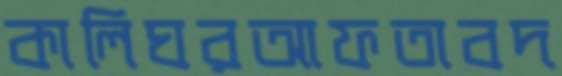
কালিঘরআফতাবদ